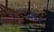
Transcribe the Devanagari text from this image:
उलर